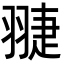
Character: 𦑈